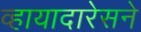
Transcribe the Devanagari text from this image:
व्हायादारेसने